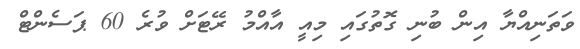
ވަތަނިއްޔާ އިން ބުނި ގޮތުގައި މިއީ އާއްމު ރޭޓަށް ވުރެ 60 ޕަސެންޓް